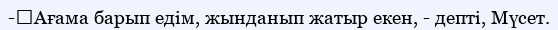
-	Ағама барып едім, жынданып жатыр екен, - депті, Мүсет.